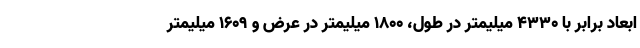
ابعاد برابر با 4330 میلیمتر در طول، 1800 میلیمتر در عرض و 1609 میلیمتر